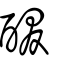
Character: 醊